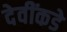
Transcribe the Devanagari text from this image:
देवींकडे